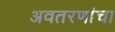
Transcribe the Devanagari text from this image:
अवतरणांचा